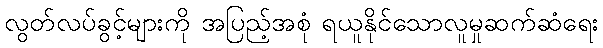
လွတ်လပ်ခွင့်များကို အပြည့်အစုံ ရယူနိုင်သောလူမှုဆက်ဆံရေး